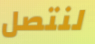
لنتصل